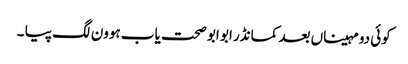
کوئی دو مہیناں بعد کمانڈر ابو ابو صحت یاب ہوون لگ پیا ۔